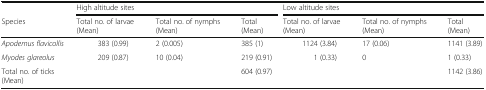
|  | <COLSPAN=3> High altitude sites | <COLSPAN=3> Low altitude sites |
 | Species | Total no. of larvae (Mean) | Total no. of nymphs (Mean) | Total (Mean) | Total no. of larvae (Mean) | Total no. of nymphs (Mean) | Total (Mean) |
 | --- | --- | --- | --- | --- | --- | --- |
 | Apodemus flavicollis | 383 (0.99) | 2 (0.005) | 385 (1) | 1124 (3.84) | 17 (0.06) | 1141 (3.89) |
 | Myodes glareolus | 209 (0.87) | 10 (0.04) | 219 (0.91) | 1 (0.33) | 0 | 1 (0.33) |
 | Total no. of ticks (Mean) |  |  | 604 (0.97) |  |  | 1142 (3.86) |